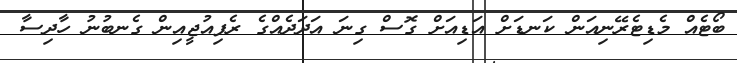
ބޯޓެއް މެޑިޓެރޭނިއަން ކަނޑަށް އަޑިއަށް ގޮސް ގިނަ އަދަދެއްގެ ރެފިއުޖީއިން ގެނބުނު ހާދިސާ